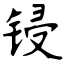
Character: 锓